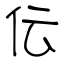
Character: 伝